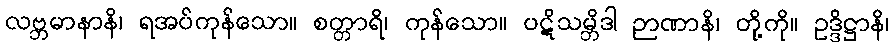
လဗ္ဘမာနာနိ၊ ရအပ်ကုန်သော။ စတ္တာရိ၊ ကုန်သော။ ပဋိသမ္ဘိဒါ ဉာဏာနိ၊ တို့ကို။ ဥဒ္ဒိဋ္ဌာနိ၊